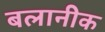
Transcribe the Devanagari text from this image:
बलानीक